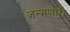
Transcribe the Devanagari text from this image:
जन्मणारी